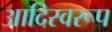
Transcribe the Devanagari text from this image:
आदिस्वरूप